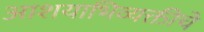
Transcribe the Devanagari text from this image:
आशयाभिव्यक्तीचे